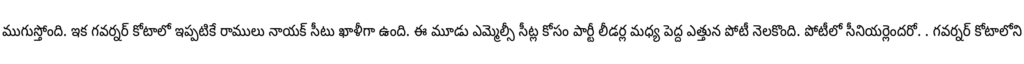
ముగుస్తోంది. ఇక గవర్నర్ కోటాలో ఇప్పటికే రాములు నాయక్ సీటు ఖాళీగా ఉంది. ఈ మూడు ఎమ్మెల్సీ సీట్ల కోసం పార్టీ లీడర్ల మధ్య పెద్ద ఎత్తున పోటీ నెలకొంది. పోటీలో సీనియర్లెందరో. . గవర్నర్ కోటాలోని